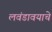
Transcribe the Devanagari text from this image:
लवंडावयाचे